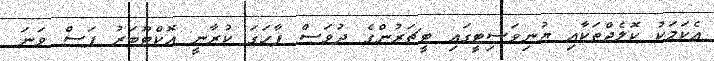
އެކަމަކު ކޮލެޖްތަކާއި ޔުނިވަސިޓީގައި ޓީޗަރުންގެ ދުވަސް ފާހަގަ ކުރާނީ އޮކްޓޫބަރު ފަސް ވަނަ